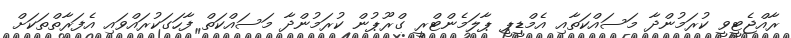
ރާއްޖެޓީވީ ކުރަމުންދާ މަސައްކަތާއި އެމްޑީޕީ ޕާލަމެންޓްރީ ގްރޫޕުން ކުރަމުންދާ މަސައްކަތް ފާހަގަކުރައްވައި އެފަރާތްތަކަށް